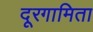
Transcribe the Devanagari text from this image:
दूरगामिता